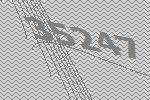
35247